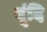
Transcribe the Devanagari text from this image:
बूंदि